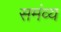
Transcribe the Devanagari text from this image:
समंव्य